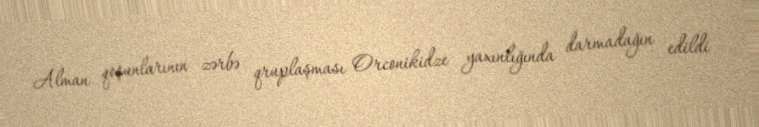
Alman qoşunlarının zərbə qruplaşması Orconikidze yaxınlığında darmadağın edildi